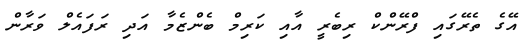
އޭގެ ތެރޭގައި ފްރޭންކް ރިބެރީ އާއި ކަރިމް ބެންޒެމާ އަދި ރަފައެލް ވަރާން